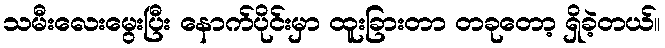
သမီးလေးမွေးပြီး နောက်ပိုင်းမှာ ထူးခြားတာ တခုတော့ ရှိခဲ့တယ်။